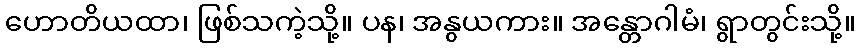
ဟောတိယထာ၊ ဖြစ်သကဲ့သို့။ ပန၊ အနွယကား။ အန္တောဂါမံ၊ ရွာတွင်းသို့။